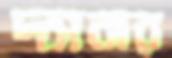
দ্যানার